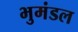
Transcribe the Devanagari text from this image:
भुमंडल